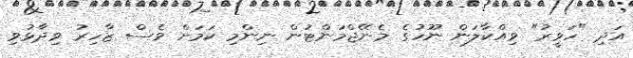
އަދި "ހަވީރު" ވިއްކާލަން ނޫހުގެ މެނޭޖްމަންޓުން ނިންމި ކަމަށް ވެސް ޒާހިރު ވިދާޅުވި